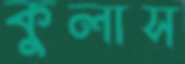
কুলাস